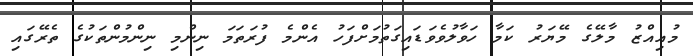
މުއިއްޒު މާލޭގެ މޭޔަރު ކަމާ ހަވާލުވެވަޑައިގަތުމަށްފަހު އެންމެ ފުރަތަމަ ނިންމި ނިންމުންތަކުގެ ތެރޭގައި